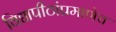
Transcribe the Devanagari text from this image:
विद्यापीठांप्रमाणेच